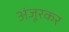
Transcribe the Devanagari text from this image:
अंजूरकर